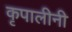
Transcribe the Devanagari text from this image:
कृपालीनी